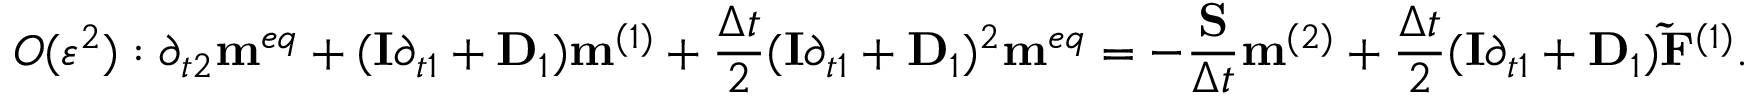
O ( { \varepsilon ^ { 2 } } ) : { \partial _ { t 2 } } { { \bf { m } } ^ { e q } } + ( { \bf { I } } { \partial _ { t 1 } } + { { \bf { D } } _ { 1 } } ) { { \bf { m } } ^ { ( 1 ) } } + \frac { { \Delta t } } { 2 } { ( { \bf { I } } { \partial _ { t 1 } } + { { \bf { D } } _ { 1 } } ) ^ { 2 } } { { \bf { m } } ^ { e q } } = - \frac { { \bf { S } } } { { \Delta t } } { { \bf { m } } ^ { ( 2 ) } } + \frac { { \Delta t } } { 2 } ( { \bf { I } } { \partial _ { t 1 } } + { { \bf { D } } _ { 1 } } ) { { { \bf { \tilde { F } } } } ^ { ( 1 ) } } .